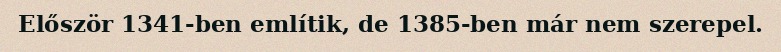
Először 1341-ben említik, de 1385-ben már nem szerepel.